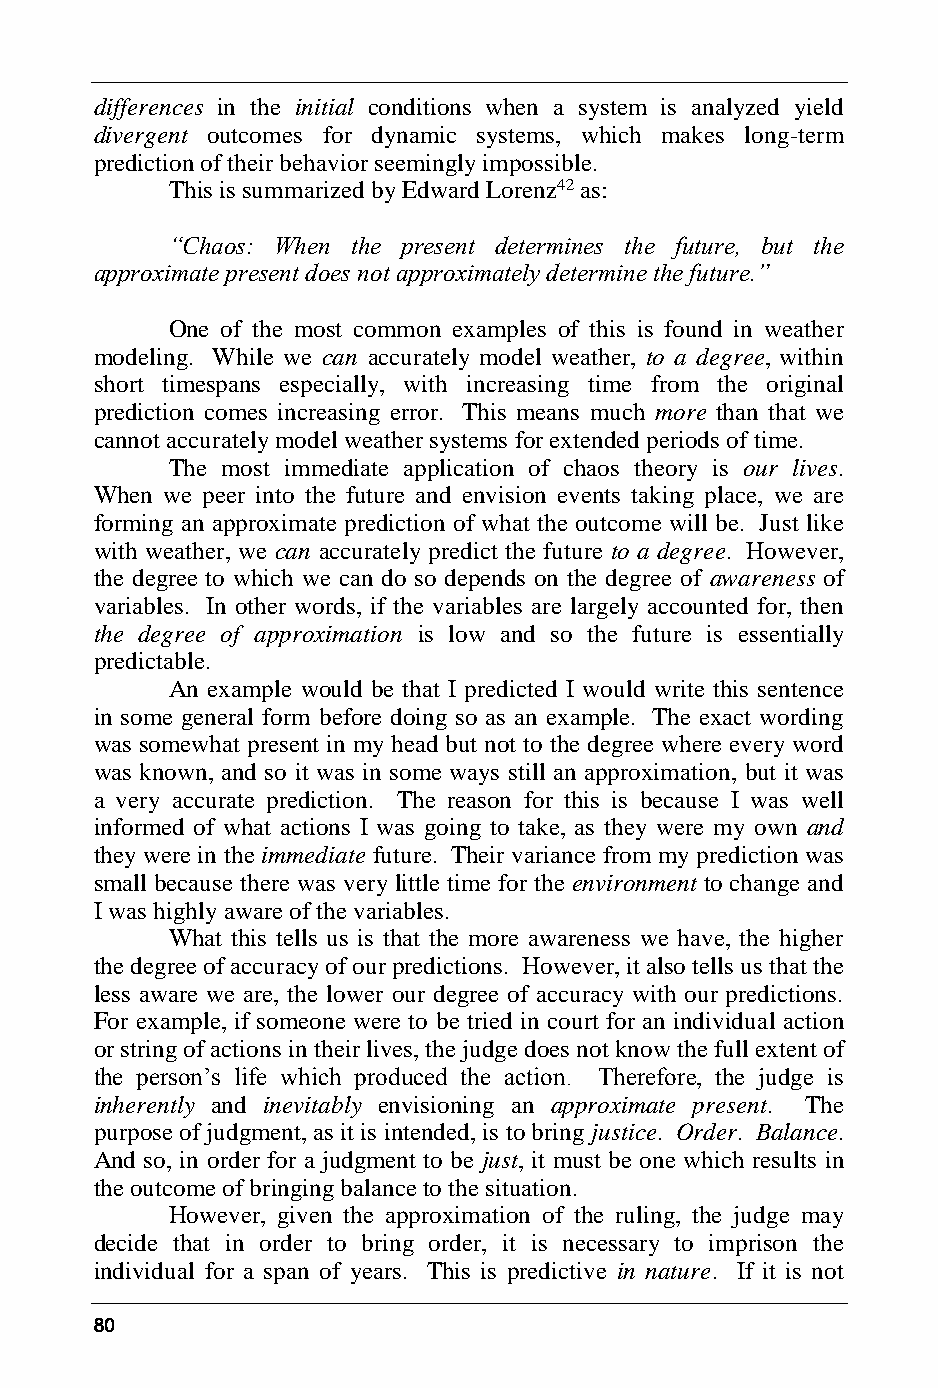
differences in the initial conditions when a system is analyzed yield
 divergent outcomes for dynamic systems, which makes long-term
 prediction of their behavior seemingly impossible.
 This is summarized by Edward Lorenz42 as:
 “Chaos: When the present determines the future, but the
 approximate present does not approximately determine the future.”
 One of the most common examples of this is found in weather
 modeling. While we can accurately model weather, to a degree, within
 short timespans especially, with increasing time from the original
 prediction comes increasing error. This means much more than that we
 cannot accurately model weather systems for extended periods of time.
 The most immediate application of chaos theory is our lives.
 When we peer into the future and envision events taking place, we are
 forming an approximate prediction of what the outcome will be. Just like
 with weather, we can accurately predict the future to a degree. However,
 the degree to which we can do so depends on the degree of awareness of
 variables. In other words, if the variables are largely accounted for, then
 the degree of approximation is low and so the future is essentially
 predictable.
 An example would be that I predicted I would write this sentence
 in some general form before doing so as an example. The exact wording
 was somewhat present in my head but not to the degree where every word
 was known, and so it was in some ways still an approximation, but it was
 a very accurate prediction. The reason for this is because I was well
 informed of what actions I was going to take, as they were my own and
 they were in the immediate future. Their variance from my prediction was
 small because there was very little time for the environment to change and
 I was highly aware of the variables.
 What this tells us is that the more awareness we have, the higher
 the degree of accuracy of our predictions. However, it also tells us that the
 less aware we are, the lower our degree of accuracy with our predictions.
 For example, if someone were to be tried in court for an individual action
 or string of actions in their lives, the judge does not know the full extent of
 the person’s life which produced the action. Therefore, the judge is
 inherently and inevitably envisioning an approximate present. The
 purpose of judgment, as it is intended, is to bring justice. Order. Balance.
 And so, in order for a judgment to be just, it must be one which results in
 the outcome of bringing balance to the situation.
 However, given the approximation of the ruling, the judge may
 decide that in order to bring order, it is necessary to imprison the
 individual for a span of years. This is predictive in nature. If it is not
 80